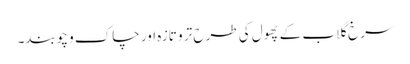
سرخ گلاب کے پھول کی طرح تر و تازہ اور چاک و چوبند۔